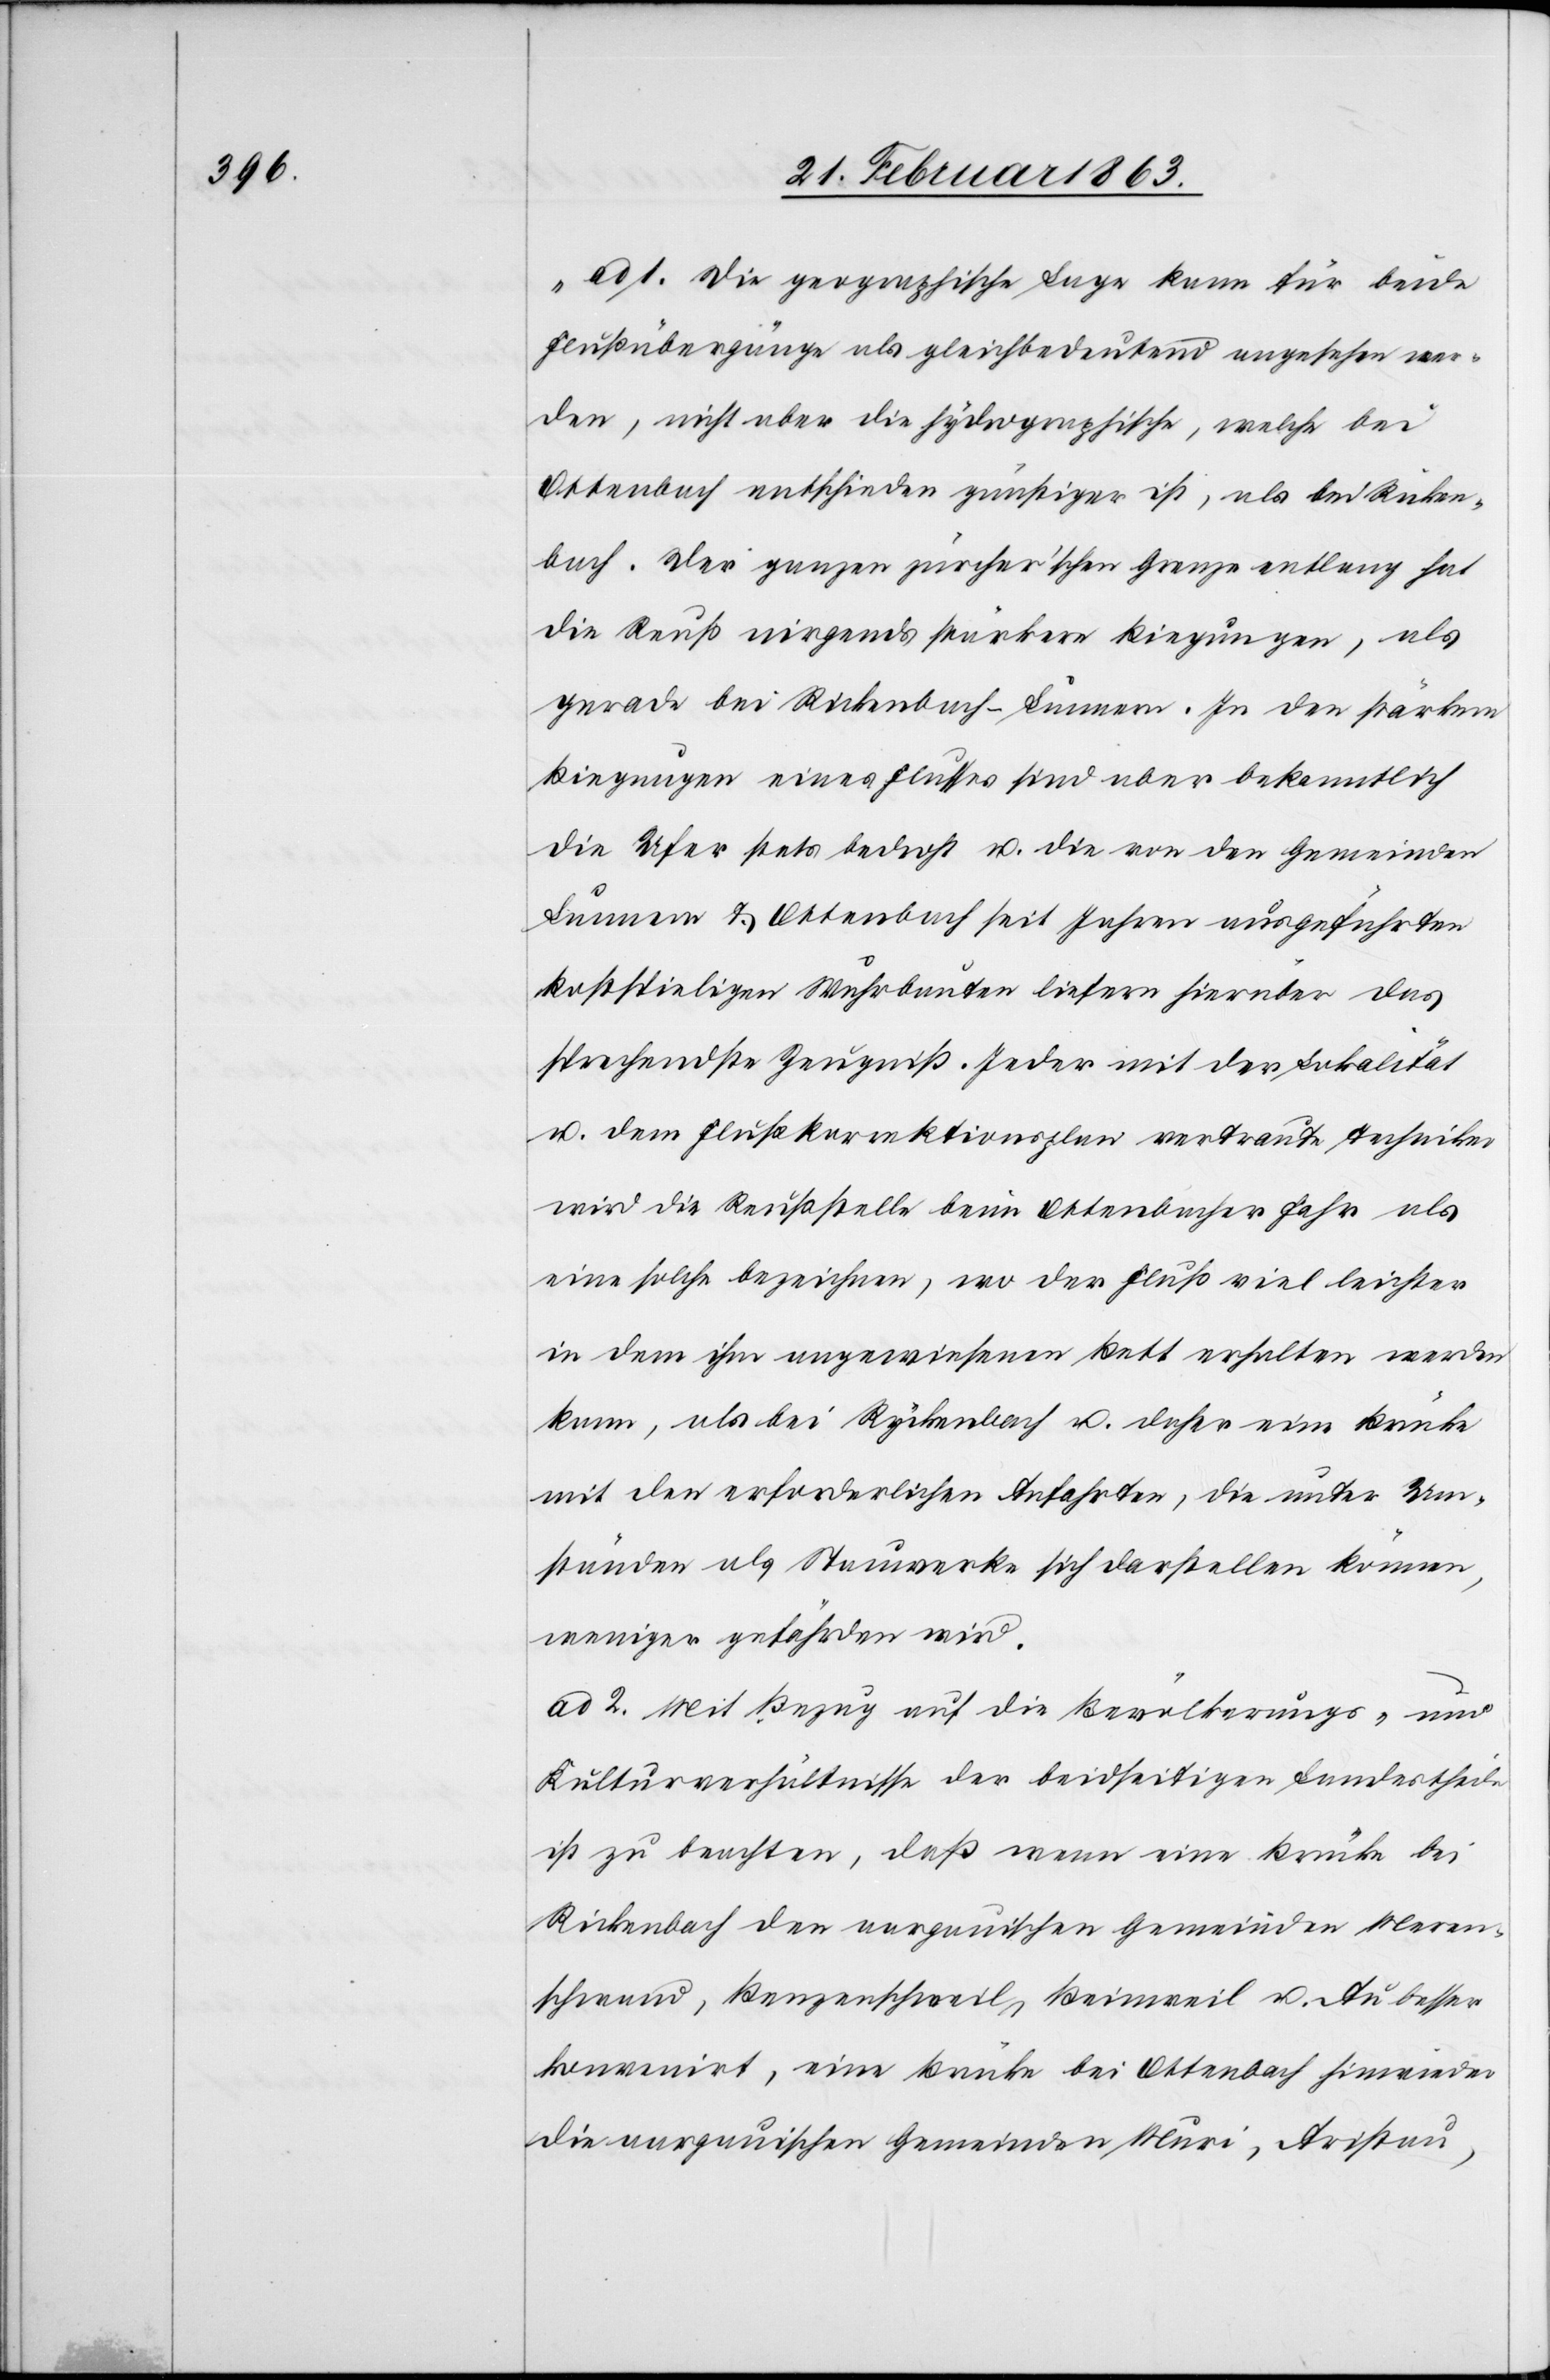
„ad 1. Die geographische Lage kann für beide
Flußübergänge als gleichbedeutend angesehen wer¬
den, nicht aber die hydrographische, welche bei
Ottenbach entschieden günstiger ist, als bei Ricken¬
bach. Der ganzen zürcher'schen Grenze entlang hat
die Reuß nirgends stärkere Biegungen, als
gerade bei Rickenbach–Lunnern. In den stärkern
Biegungen eines Flusses sind aber bekanntlich
die Ufer stets bedroht u. die von den Gemeinden
Lunnern & Ottenbach seit Jahren ausgeführten
kostspieligen Wuhrbauten liefern hierüber das
sprechendste Zeugniß. Jeder mit der Lokalität
u. dem Flußkorrektionsplan vertraute Techniker
wird die Reußstelle beim Ottenbacher Fahr als
eine solche bezeichnen, wo der Fluß viel leichter
in dem ihm angewiesenen Bett erhalten werden
kann, als bei Ryckenbach u. daher eine Brücke
mit den erforderlichen Anfahrten, die unter Um¬
ständen als Stauwerke sich darstellen können,
weniger gefährden wird.
ad 2. Mit Bezug auf die Bevölkerungs- und
Kulturverhältnisse der beidseitigen Landestheile
ist zu beachten, daß wenn eine Brücke bei
Rickenbach den aargauischen Gemeinden Meren¬
schwand, Benzenschweil, Beinweil u. Au besser
konvenirt, eine Brücke bei Ottenbach hinwieder
die aargauischen Gemeinden Muri, Aristau,